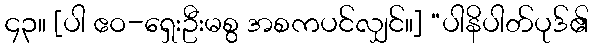
၄၃။ [ပါ ဧဝ-ရှေးဦးမစွ အစကပင်လျှင်။] “ပါနိပါတ်ပုဒ်၏